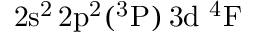
\mathrm { 2 s ^ { 2 } \, 2 p ^ { 2 } ( ^ { 3 } P ) \, 3 d ~ ^ { 4 } F }